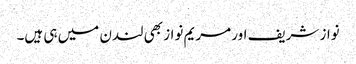
نواز شریف اور مریم نواز بھی لندن میں ہی ہیں۔